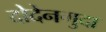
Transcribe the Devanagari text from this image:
दोदेनगुदा